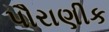
પૌરાણીક